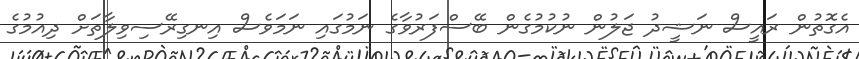
އެގޮތުން ރައީސް ނަޝީދު ޖަލުން ނުކުމުގެން ބޭސްފަރުވާގެ ނަމުގައި ނަމަވެސް އިނގިރޭސިވިލާތަށް ދިއުމުގެ